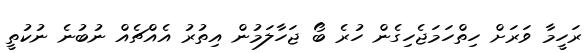
ރަހީމާ ވަރަށް ހިތްހަމަޖެހިގެން ހުރެ ބޯ ޖަހާލަމުން އިތުރު އެއްޗެއް ނުބުނެ ނުކުތީ